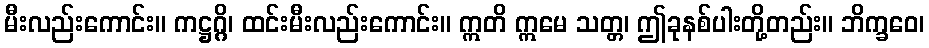
မီးလည်းကောင်း။ ကဋ္ဌဂ္ဂိ၊ ထင်းမီးလည်းကောင်း။ ဣတိ ဣမေ သတ္တ၊ ဤခုနစ်ပါးတို့တည်း။ ဘိက္ခဝေ၊